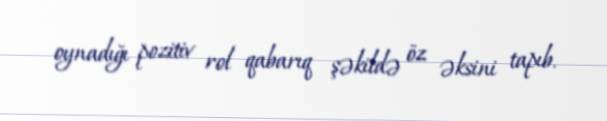
oynadığı pozitiv rol qabarıq şəkildə öz əksini tapıb.